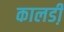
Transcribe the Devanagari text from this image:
कालडी़